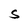
Character: S